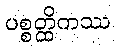
ပစ္စတ္ထိကဿ